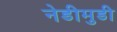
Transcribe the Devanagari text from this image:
नेडीमुडी